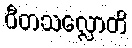
ဝီတသလ္လောတိ